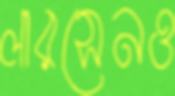
লারসেনও